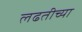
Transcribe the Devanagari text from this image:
लढतीच्या